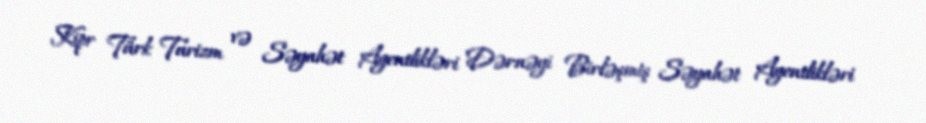
Kipr Türk Turizm və Səyahət Agentlikləri Dərnəyi Birləşmiş Səyahət Agentlikləri